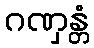
ဂဏှန္တံ